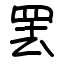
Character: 罢